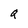
Character: Q